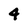
Character: 4